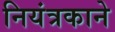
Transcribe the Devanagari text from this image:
नियंत्रकाने